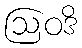
ဩဝဒိ